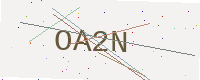
Text: OA2N